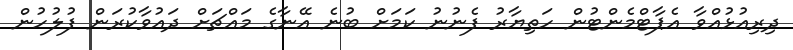
ދިރިއުޅުއްވާ އެޕާޓްމެންޓުން ހަތިޔާރު ފެނުނު ކަމަށް ބުނެ އޭނާގެ މައްޗަށް ދައުވާކުރަން ފުލުހުން